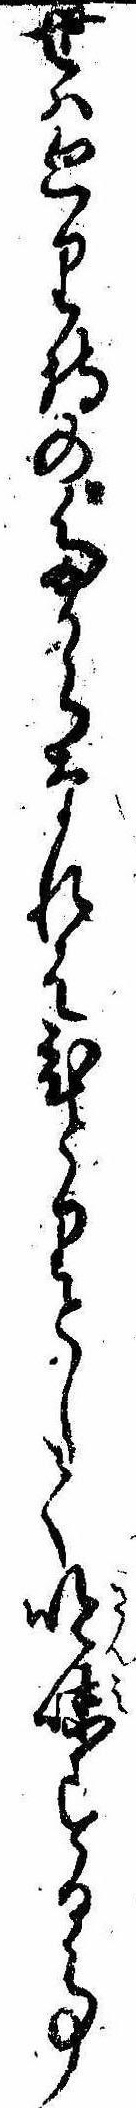
世は廻り持のたからなれはひとりとして吟味する事